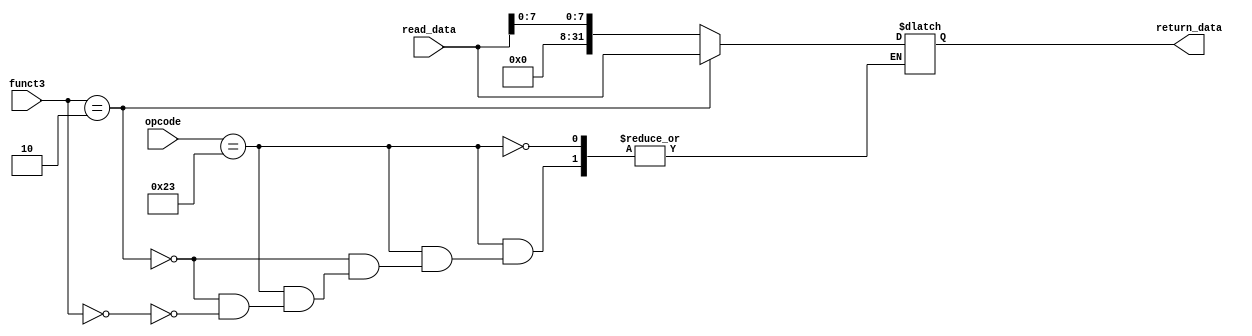
module mem_write_data (read_data,opcode,funct3,return_data);
    input [31:0] read_data;
    input [6:0] opcode;
    input [2:0] funct3;
    output reg [31:0] return_data;
    always @(funct3 or opcode or read_data) begin
        if (opcode==7'b0100011) begin
            if (funct3==3'b010)
                return_data = read_data;
            else if (funct3==3'b000)
                return_data = {24'b0,read_data[7:0]};
        end
    end
endmodule